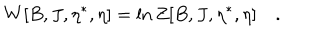
W [ B , J , \eta ^ { \ast } , \eta ] = \ln Z [ B , J , \eta ^ { \ast } , \eta ] \quad .